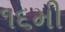
૧૬મી